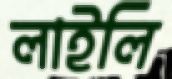
লাইলি